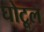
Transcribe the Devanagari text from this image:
घोटूल